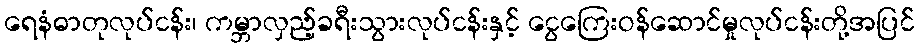
ရေနံဓာတုလုပ်ငန်း၊ ကမ္ဘာလှည့်ခရီးသွားလုပ်ငန်းနှင့် ငွေကြေးဝန်ဆောင်မှုလုပ်ငန်းတို့အပြင်